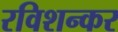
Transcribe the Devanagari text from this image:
रविशन्कर